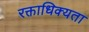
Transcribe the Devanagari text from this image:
रक्ताधिक्यता